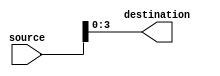
module part_select_assign(
    input [7:0] source,
    output [3:0] destination
);

assign destination = source[3:0];

endmodule